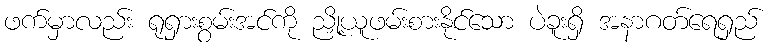
ဖက်မှာလည်း ရုရှားစွမ်းအင်ကို ညှို့ယူဖမ်းစားနိုင်သော ပဲခူးရှိ အနာဂတ်ရေရှည်